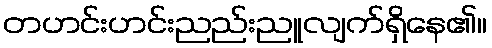
တဟင်းဟင်းညည်းညူလျက်ရှိနေ၏။